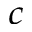
^ c